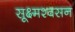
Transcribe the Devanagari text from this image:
सूक्ष्मश्वसन